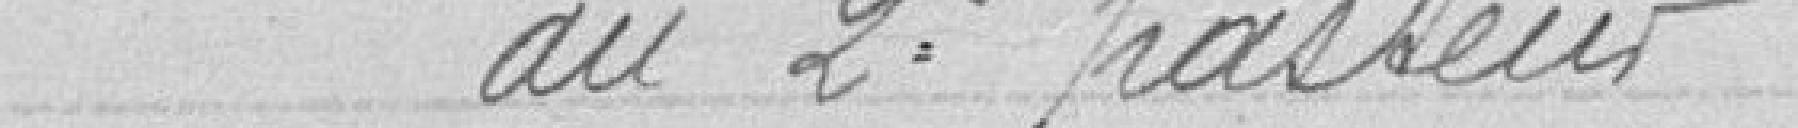
92   Indemnité de logement au 2e pasteur